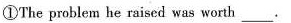
①The problem he raised was worth .